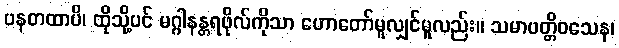
ပနတထာပိ၊ ထိုသို့ပင် မဂ္ဂါနန္တရဖိုလ်ကိုသာ ဟောတော်မူလျှင်မူလည်း။ သမာပတ္တိဝသေန၊